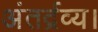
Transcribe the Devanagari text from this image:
अंतर्द्रव्य।